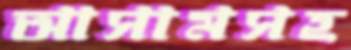
আসামসহ